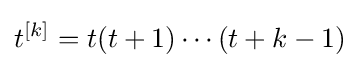
t^{[k]}=t(t+1)\cdots (t+k-1)